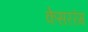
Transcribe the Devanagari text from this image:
केसररंग